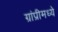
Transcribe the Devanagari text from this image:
ग्रांप्रीमध्ये